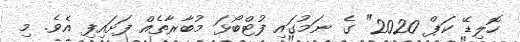
ހޮލިޑޭ ކަޕް 2020" ގެ ނަމުގައި ފުޓްބޯޅަ މުބާރާތެއް ފަށައިފި އެވެ. މި